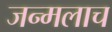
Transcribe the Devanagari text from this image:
जन्मलाच